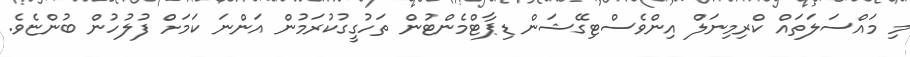
މި މައްސަލަތައް ކްރިމިނަލް އިންވެސްޓިގޭޝަން ޑިޕާޓްމެންޓުން ތަހުގީގުކުރަމުން އަންނަ ކަމަށް ފުލުހުން ބުންޏެވެ.